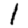
Digit: 1